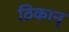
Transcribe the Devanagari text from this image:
ठिकान्